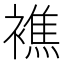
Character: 𧝈